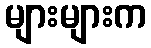
များများက